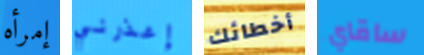
إمرأه إعذرني أخطائك ساقاي